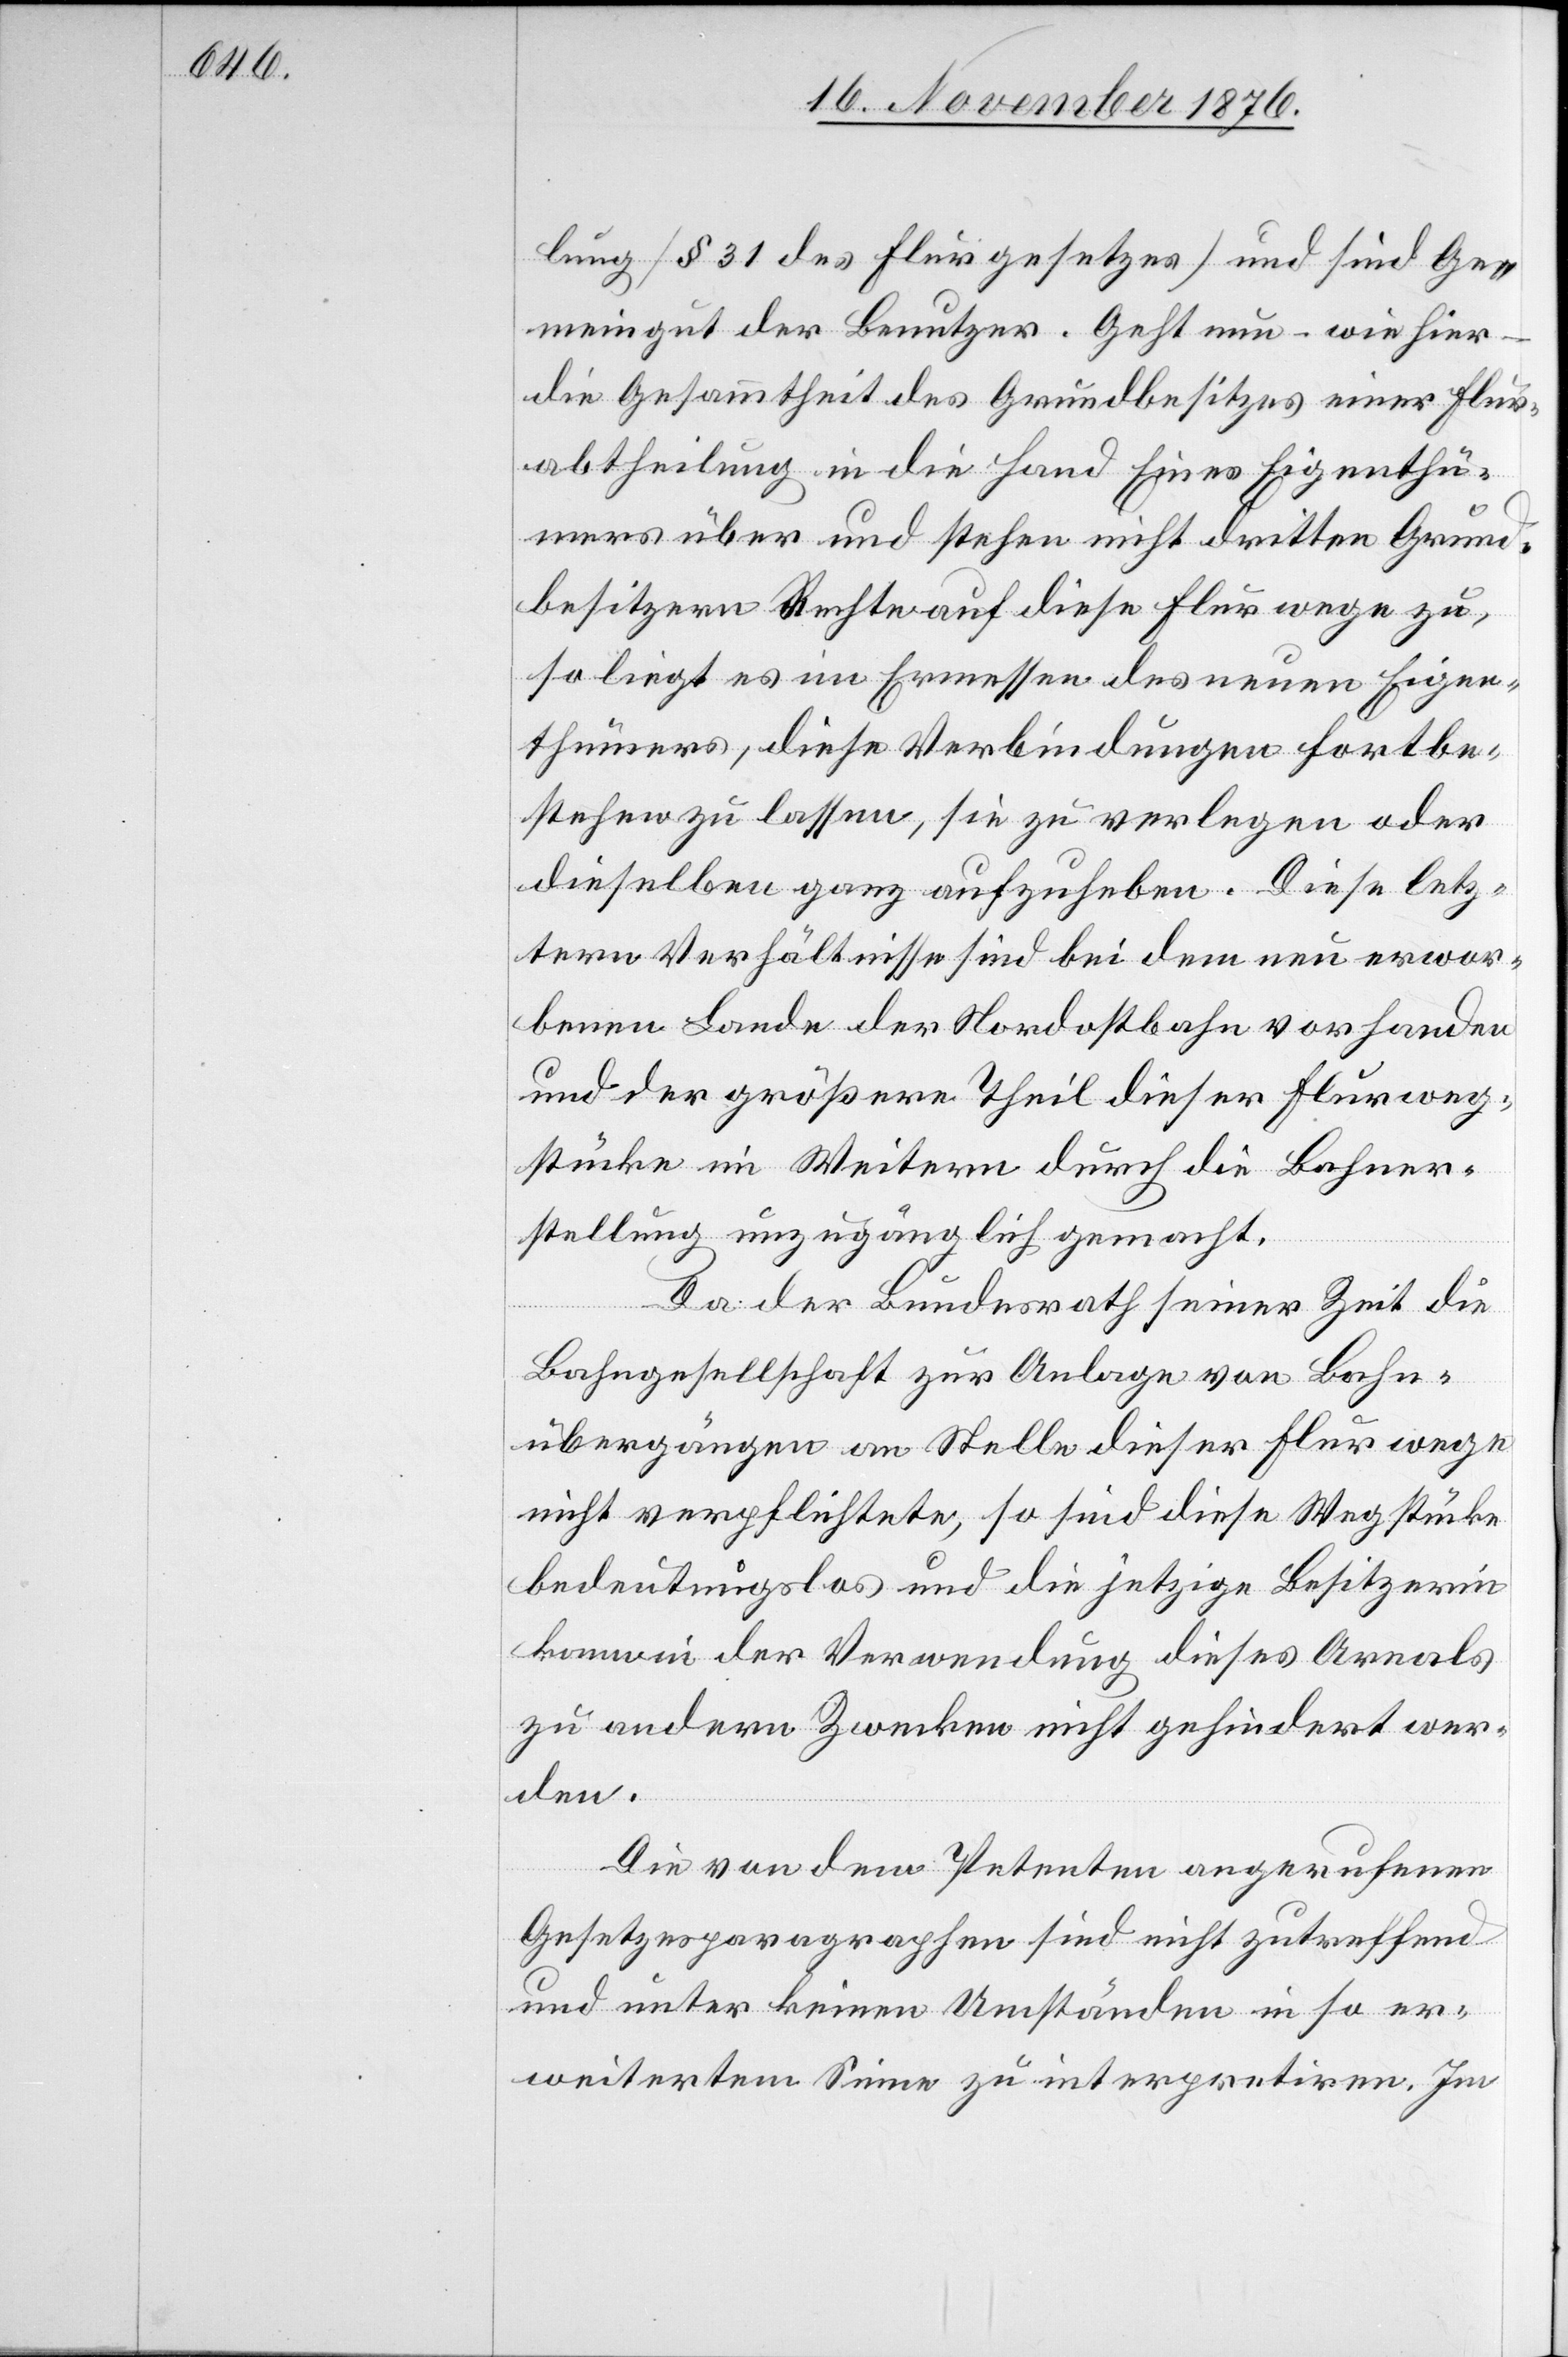
lung [§ 31 des Flurgesetzes] und sind Ge¬
meingut der Benutzer. Geht nun – wie hier
die Gesammtheit des Grundbesitzes einer Flur¬
abtheilung in die Hand Eines Eigenthü¬
mers über und stehen nicht dritten Grund¬
besitzern Rechte auf diese Flurwege zu,
so liegt es im Ermessen des neuen Eigen¬
thümers, diese Verbindungen fortbe¬
stehen zu lassen, sie zu verlegen oder
dieselben ganz aufzuheben. Diese letz¬
tern Verhältnisse sind bei dem neu erwor¬
benen Lande der Nordostbahn vorhanden
und der größere Theil dieser Flurweg¬
stücke im Weitern durch die Bahner¬
stellung unzugänglich gemacht.
Da der Bundesrath seiner Zeit die
Bahngesellschaft zur Anlage von Bahn¬
übergängen an Stelle dieser Flurwege
nicht verpflichtete, so sind diese Wegstücke
bedeutungslos und die jetzige Besitzerin
kann in der Verwendung dieses Areals
zu andern Zwecken nicht gehindert wer¬
den.
Die von dem Petenten angerufenen
Gesetzesparagraphen sind nicht zutreffend
und unter keinen Umständen in so er¬
weitertem Sinne zu interpretieren. Im